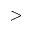
>